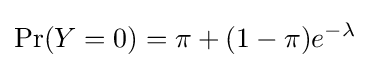
\Pr(Y=0)=\pi +(1-\pi )e^{-\lambda }